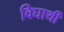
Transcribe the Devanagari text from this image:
विघार्थी